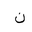
Letter: _non